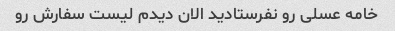
خامه عسلی رو نفرستادید الان دیدم لیست سفارش رو